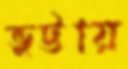
ভুট্টায়